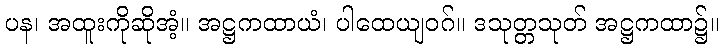
ပန၊ အထူးကိုဆိုအံ့။ အဋ္ဌကထာယံ၊ ပါထေယျဝဂ်။ ဒသုတ္တသုတ် အဋ္ဌကထာ၌။